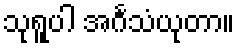
သုရူပါ အင်္ဂသံယုတာ။